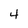
Character: 4